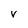
Character: V